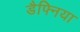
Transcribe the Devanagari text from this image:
डैफ्निया